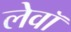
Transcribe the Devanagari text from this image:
लेवॉ